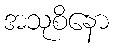
အသုစိနော